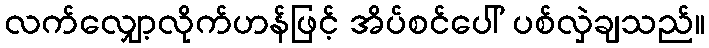
လက်လျှော့လိုက်ဟန်ဖြင့် အိပ်စင်ပေါ် ပစ်လှဲချသည်။